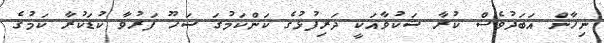
ނިހާން އަބަދުވެސް ކުރާ ޝަކުވާއަކީ ދަރިފުޅުގެ ކަންކަމުގަ ޝަހޫ ފަރުވާ ކުޑަކުރާ ކަމުގެ